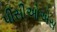
પીસીઓએસ